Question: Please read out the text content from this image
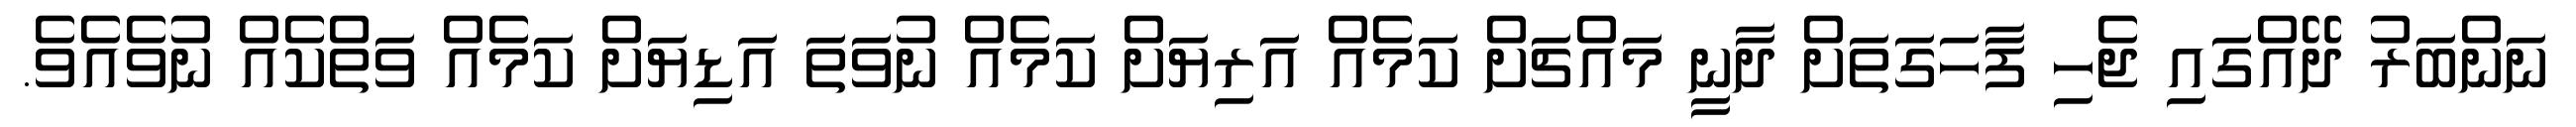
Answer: ނަންބަރު ދޭއްގައި ޖެހި ފާހަގަތަށް ދާނީ މައްޗަށް ކަމެއް އަރިޔަށް ކަމެއް ނުވަތަ އަޑިޔަށް ކަމެއް ވަތްކެއް ނުވެއެވެ.